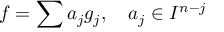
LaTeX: f = \sum a _ { j } g _ { j } , \quad a _ { j } \in I ^ { n - j }